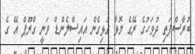
ބުރާސްފަތި ދުވަހުގެ ރޭގެ މޮޅާ ގުޅިގެން އައިސްލެންޑް ވަނީ ގްރޫޕް އޭ ގެ